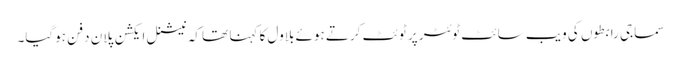
سماجی رابطوں کی ویب سائٹ ٹوئٹر پر ٹوئٹ کرتے ہوئے بلاول کا کہنا تھا کہ نیشنل ایکشن پلان دفن ہوگیا۔